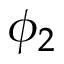
\phi _ { 2 }